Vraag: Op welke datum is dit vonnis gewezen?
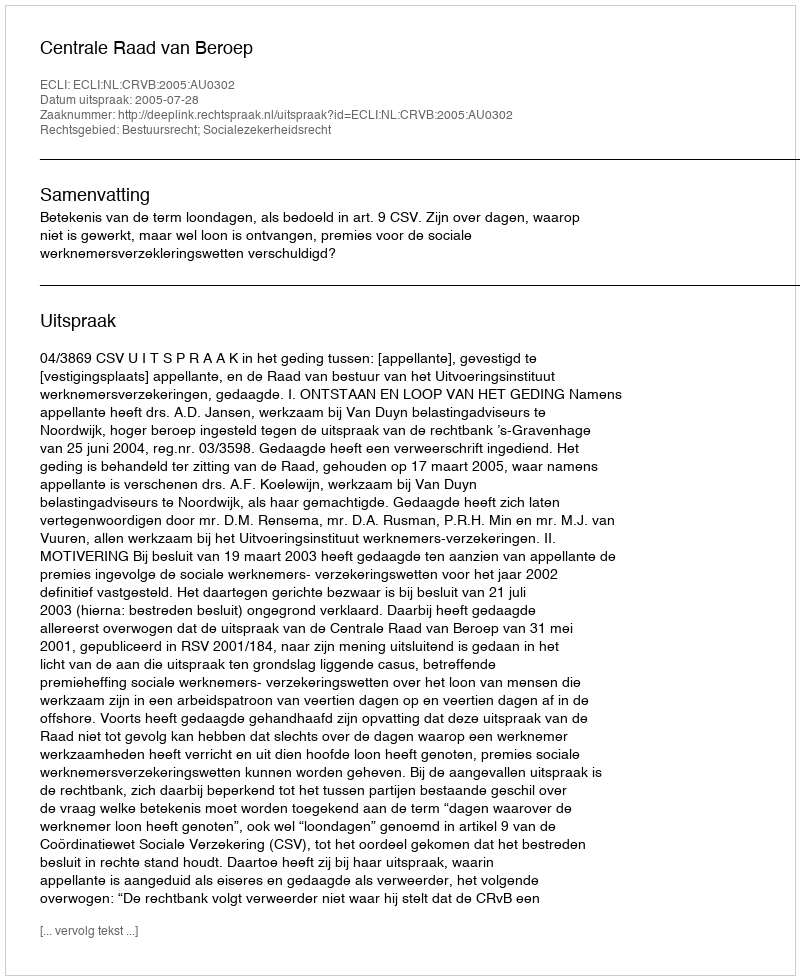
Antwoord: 2005-07-28